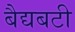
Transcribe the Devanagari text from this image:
बैद्यबटी